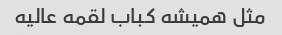
مثل همیشه کباب لقمه عالیه